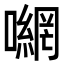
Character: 𭋮